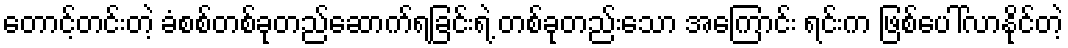
တောင့်တင်းတဲ့ ခံစစ်တစ်ခုတည်ဆောက်ရခြင်းရဲ့ တစ်ခုတည်းသော အကြောင်း ရင်းက ဖြစ်ပေါ်လာနိုင်တဲ့